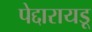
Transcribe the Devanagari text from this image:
पेद्दारायडू